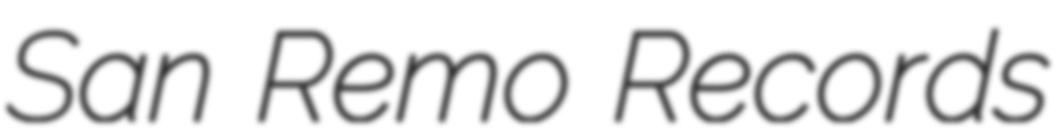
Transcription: San Remo Records